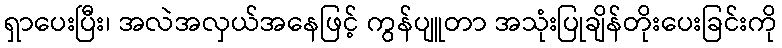
ရှာပေးပြီး၊ အလဲအလှယ်အနေဖြင့် ကွန်ပျူတာ အသုံးပြုချိန်တိုးပေးခြင်းကို